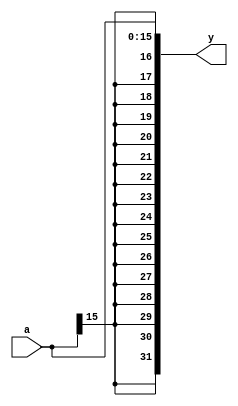
`timescale 1ns / 1ps
//////////////////////////////////////////////////////////////////////////////////
// Company: 
// Engineer: 
// 
// Design Name: 
// Module Name:    signext 
// Project Name: 
// Target Devices: 
// Tool versions: 
// Description: 
//
// Dependencies: 
//
// Revision: 
// Revision 0.01 - File Created
// Additional Comments: 
//
//////////////////////////////////////////////////////////////////////////////////
  module signext(
   input wire [15:0] a,
   output wire [31:0] y
	);
	
   assign y = {{16{a[15]}}, a};
	
  endmodule